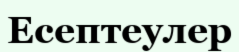
Есептеулер